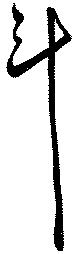
斗